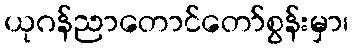
ယုဂန်ညာတောင်တော်စွန်းမှာ၊